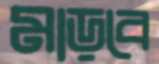
মাড়বে